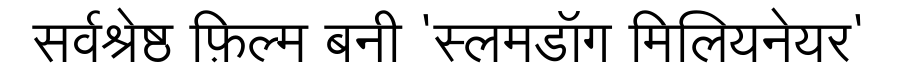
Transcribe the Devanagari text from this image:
सर्वश्रेष्ठ फ़िल्म बनी 'स्लमडॉग मिलियनेयर'